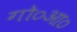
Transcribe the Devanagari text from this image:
गो०आ०